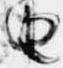
由